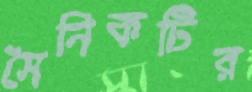
সৈনিকটির